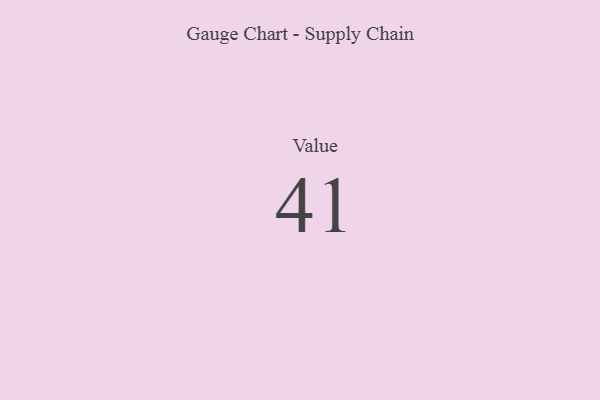
{"axis": {"x": "Metric", "y": "Value"}, "legend": [""], "data": [{"x": "Value", "y": 41, "type": ""}]}